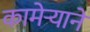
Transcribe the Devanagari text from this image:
कामेर्‍याने